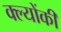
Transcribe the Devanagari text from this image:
क्ल्योंकी